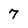
Character: 7